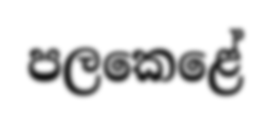
පලකෙළේ